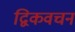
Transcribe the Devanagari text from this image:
द्विकवचन